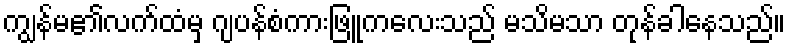
ကျွန်မ၏လက်ထံမှ ဂျပန်စံကားဖြူကလေးသည် မသိမသာ တုန်ခါနေသည်။